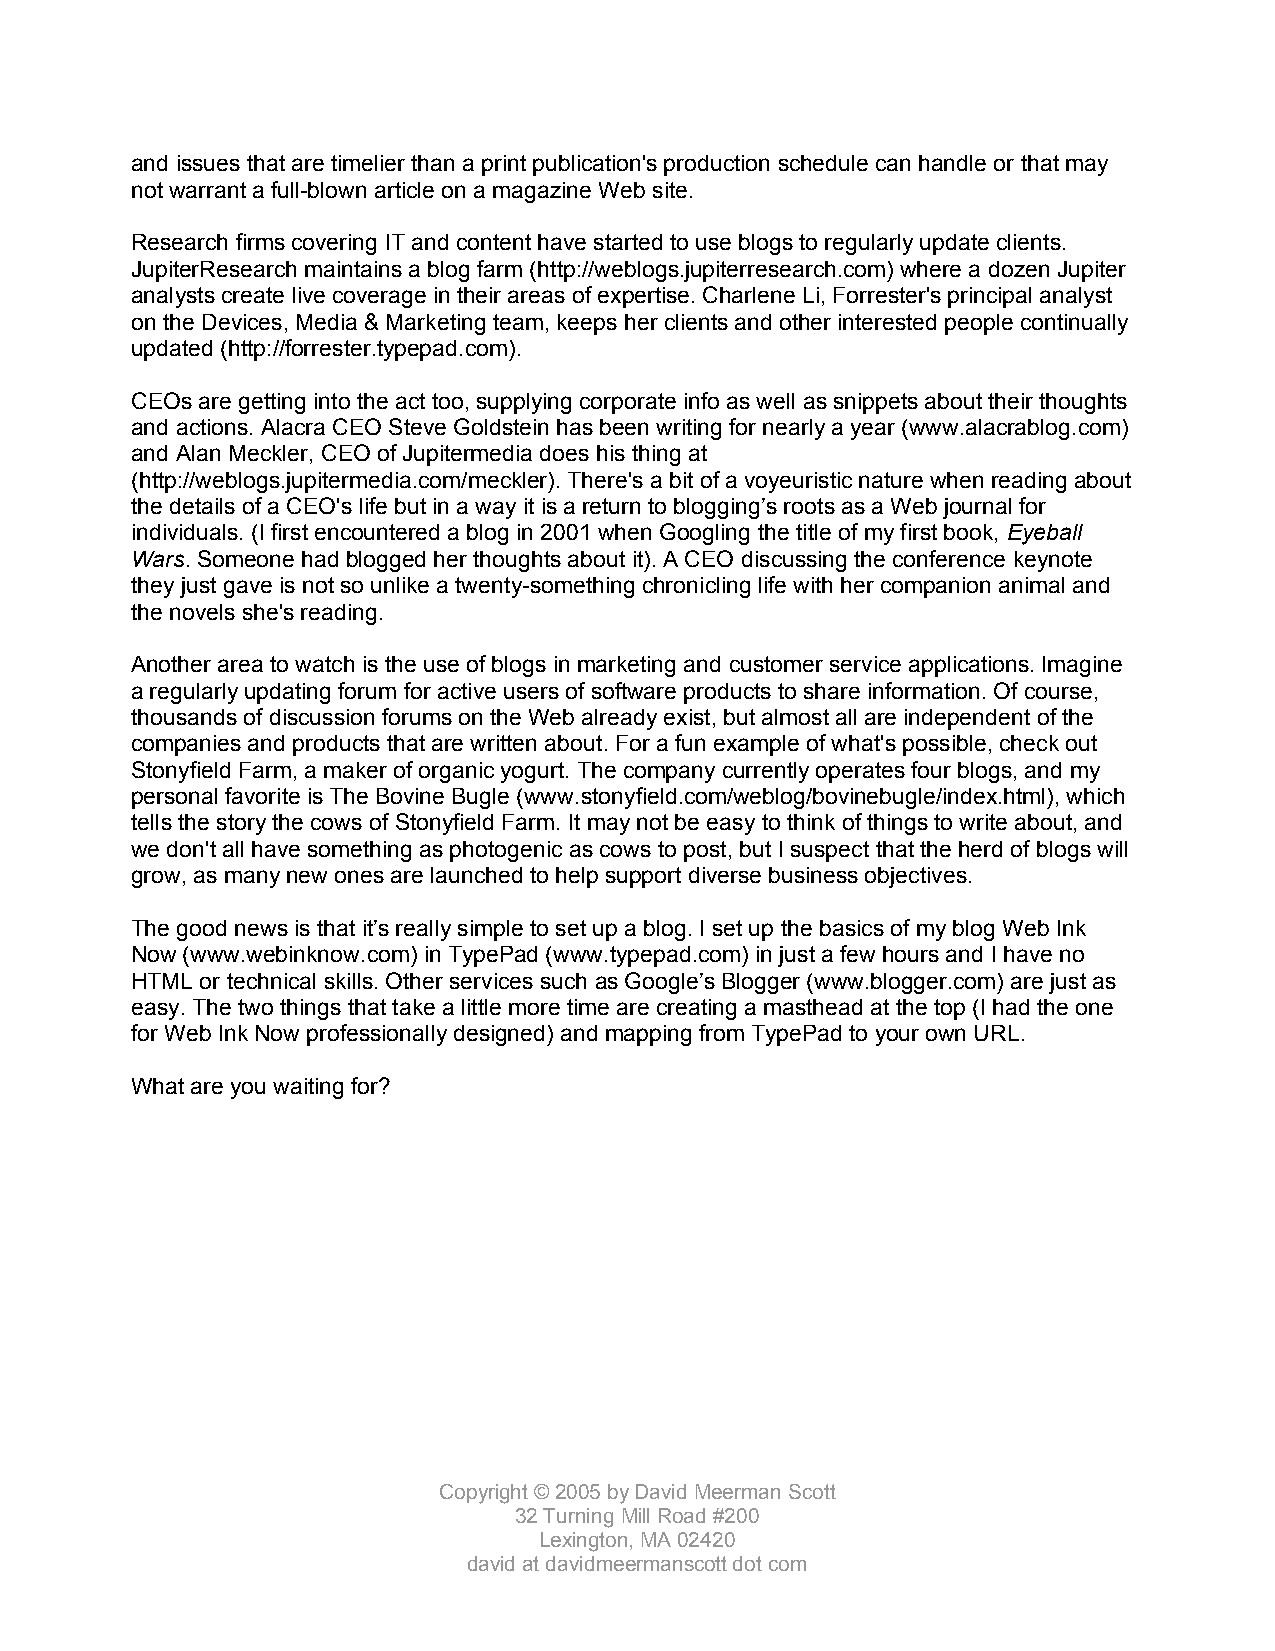
and issues that are timelier than a print publication's production schedule can handle or that may
 not warrant a full-blown article on a magazine Web site.
 Research firms covering IT and content have started to use blogs to regularly update clients.
 JupiterResearch maintains a blog farm (http://weblogs.jupiterresearch.com) where a dozen Jupiter
 analysts create live coverage in their areas of expertise. Charlene Li, Forrester's principal analyst
 on the Devices, Media & Marketing team, keeps her clients and other interested people continually
 updated (http://forrester.typepad.com).
 CEOs are getting into the act too, supplying corporate info as well as snippets about their thoughts
 and actions. Alacra CEO Steve Goldstein has been writing for nearly a year (www.alacrablog.com)
 and Alan Meckler, CEO of Jupitermedia does his thing at
 (http://weblogs.jupitermedia.com/meckler). There's a bit of a voyeuristic nature when reading about
 the details of a CEO's life but in a way it is a return to blogging’s roots as a Web journal for
 individuals. (I first encountered a blog in 2001 when Googling the title of my first book, Eyeball
 Wars. Someone had blogged her thoughts about it). A CEO discussing the conference keynote
 they just gave is not so unlike a twenty-something chronicling life with her companion animal and
 the novels she's reading.
 Another area to watch is the use of blogs in marketing and customer service applications. Imagine
 a regularly updating forum for active users of software products to share information. Of course,
 thousands of discussion forums on the Web already exist, but almost all are independent of the
 companies and products that are written about. For a fun example of what's possible, check out
 Stonyfield Farm, a maker of organic yogurt. The company currently operates four blogs, and my
 personal favorite is The Bovine Bugle (www.stonyfield.com/weblog/bovinebugle/index.html), which
 tells the story the cows of Stonyfield Farm. It may not be easy to think of things to write about, and
 we don't all have something as photogenic as cows to post, but I suspect that the herd of blogs will
 grow, as many new ones are launched to help support diverse business objectives.
 The good news is that it’s really simple to set up a blog. I set up the basics of my blog Web Ink
 Now (www.webinknow.com) in TypePad (www.typepad.com) in just a few hours and I have no
 HTML or technical skills. Other services such as Google’s Blogger (www.blogger.com) are just as
 easy. The two things that take a little more time are creating a masthead at the top (I had the one
 for Web Ink Now professionally designed) and mapping from TypePad to your own URL.
 What are you waiting for?
 Copyright © 2005 by David Meerman Scott
 32 Turning Mill Road #200
 Lexington, MA 02420
 david at davidmeermanscott dot com